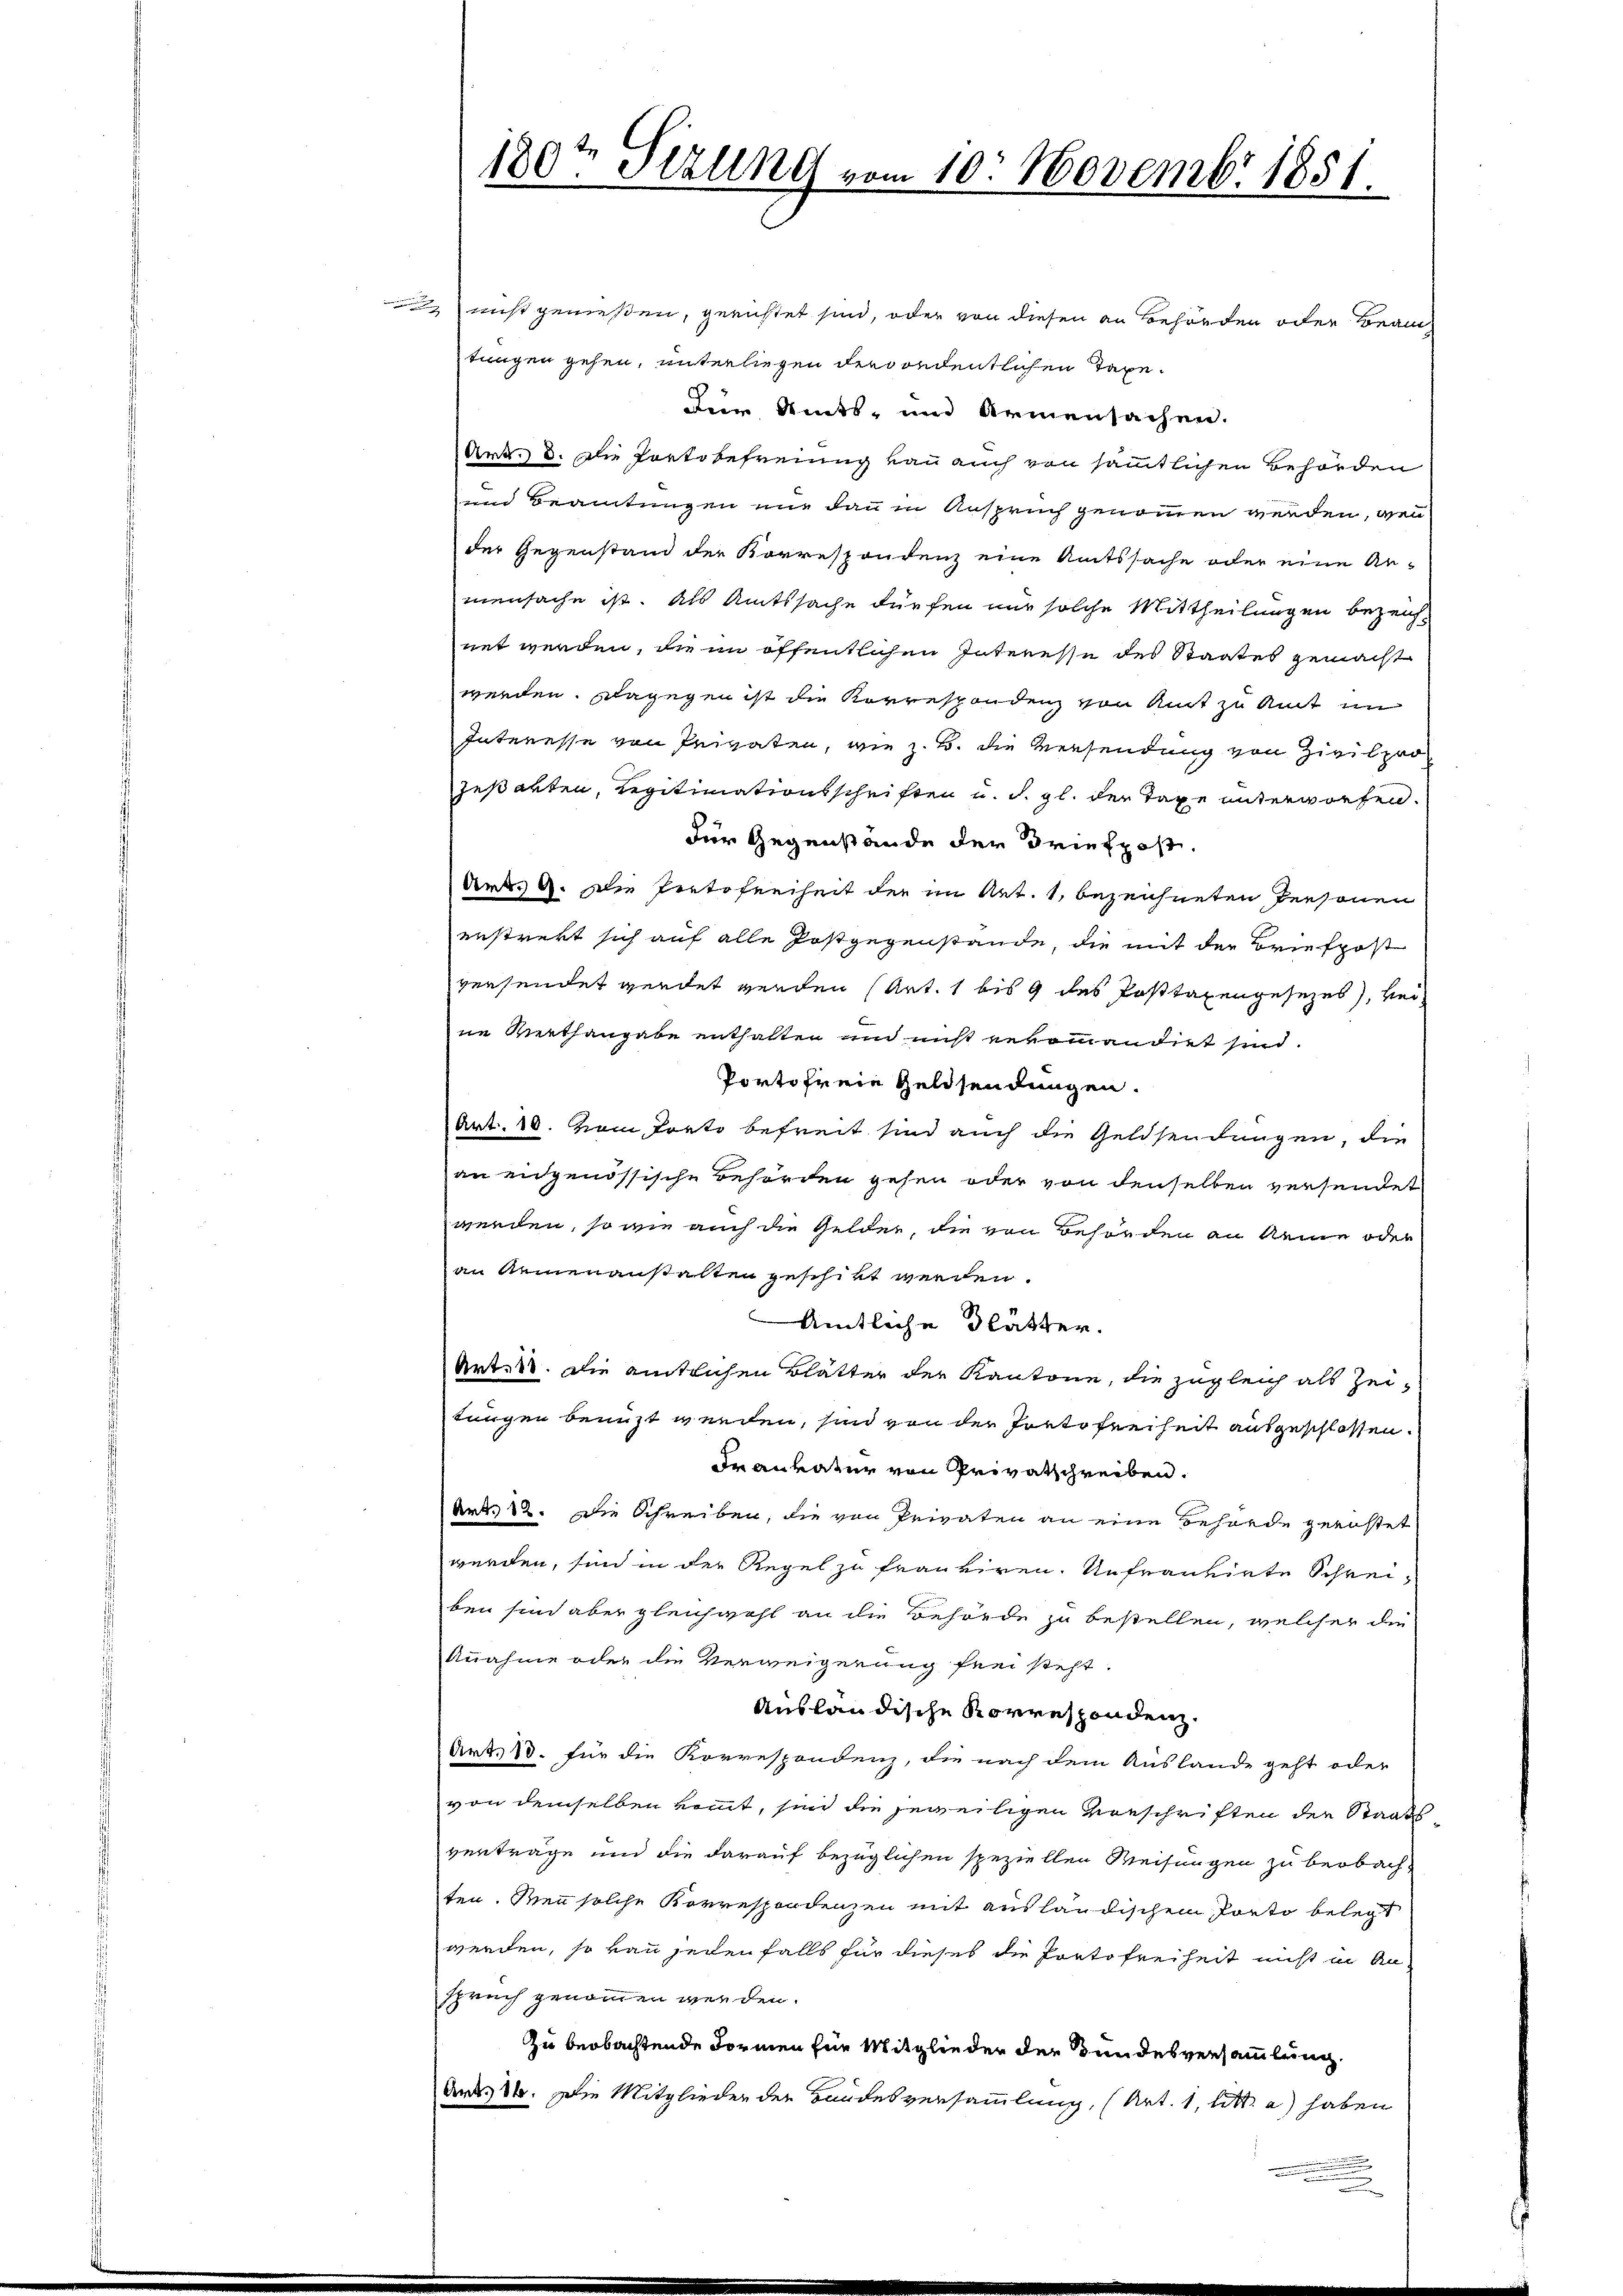
nicht genießen, gerichtet sind, oder von diesen an Behörden oder Beamtungen gehen, unterliegen der ordentlichen Taxe.
Dier Amts- und Armensachen.
Art. 3. Die Portobefreiung kann auch von sämmtlichen Behörden
und Beamtungen nie dan in Anspruch genommen werden, wenn
der Gegenstand der Korrespondenz eine Amtssache oder eine An-
mensache ist. Als Amtssache dürfen nur solche Mittheilungen bezeichnet werden, die im öffentlichen Interesse des Staates gemacht
werden. Dagegen ist die Korrespondenz von Amt zu Amt im
Interesse von Privaten, wie z. B. die Versendung von Zivilprozeßakten, Legitimationsschriften u. d. gl. der Taxe unterworfen.
für Gegenstände der Briefpost.
Art. 4. Die Portofreiheit der im Art. 1, bezeichneten Personen
enstrekt sich auf alle Postgegenstände, die mit der Briefpost
versendet werdet werden (Art. 1 bis 9 des Posttaxengesezes, beine Werthangabe enthalten und nicht veromandiet sind.
Portofreie Geldsendungen.
Art. 10. vom Proto befreit sind auch die Geldsendungen, die
an eidgenössische Behörden gehen oder von denselben versendet
werden, so wie auch die Gelder, die von Behörden an keine oder
an Armenanstalten geschikt werden.
Amtliche Blätter.
Art. 30. Die entlichen Blätter der Kantone, die zugleich als Zei-
tungen benuzt werden, sind von der Porto Freiheit ausgeschlossen.
dr anratur von Privatschreiben.
Art. 82. Die Schreiben, die von Privaten an eine Behörde geröstet
werden, sind in der Regel zu frauviren. Unfrantirte Schreiben sind aber gleichwohl an die Behörde zu bestellen, welcher die
knahme oder die Verweigerung frei steht.
Ausländische Korrespondenz.
Art. 13. für die Korrespondenz, die nach dem Auslande geht oder
von demselben kommt, sind die jeweiligen Vorschriften der Staats-
verträge und die darauf bezüglichen speziellen Weisungen zu beobach-
ten. Wenn solche Korrespondenzen mit ausländischen Porto belegt
werden, so von seien falls für dieses die Portofreiheit nicht in An-
spruch genommen werden.
zu beobachtende Formen für Mitglieder der Bundesversammlung.
An84. Die Mitglieder der Handesversammlung, (Art. 1, lit. a) haben

180ten Sizung vom 10. Novembr 1851.